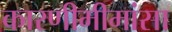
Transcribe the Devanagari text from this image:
कारणीमीमांसा